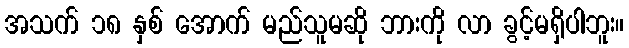
အသက် ၁၈ နှစ် အောက် မည်သူမဆို ဘားကို လာ ခွင့်မရှိပါဘူး။